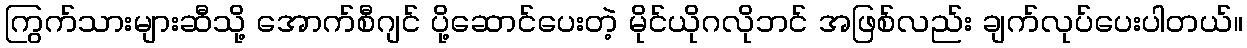
ကြွက်သားများဆီသို့ အောက်စီဂျင် ပို့ဆောင်ပေးတဲ့ မိုင်ယိုဂလိုဘင် အဖြစ်လည်း ချက်လုပ်ပေးပါတယ်။